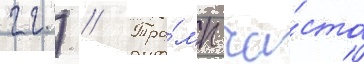
гг.) // Тра́мп ча́сто